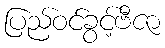
ပြည်ဝင်ခွင့်ဗီဇာ